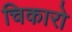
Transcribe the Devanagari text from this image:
चिकारो